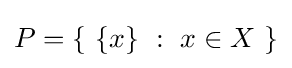
P=\{~\{x\}~:~x\in X~\}